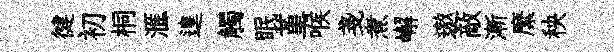
徤初桐滙遑觸眠堇喉戔煮嶰遨敵漸縻秧